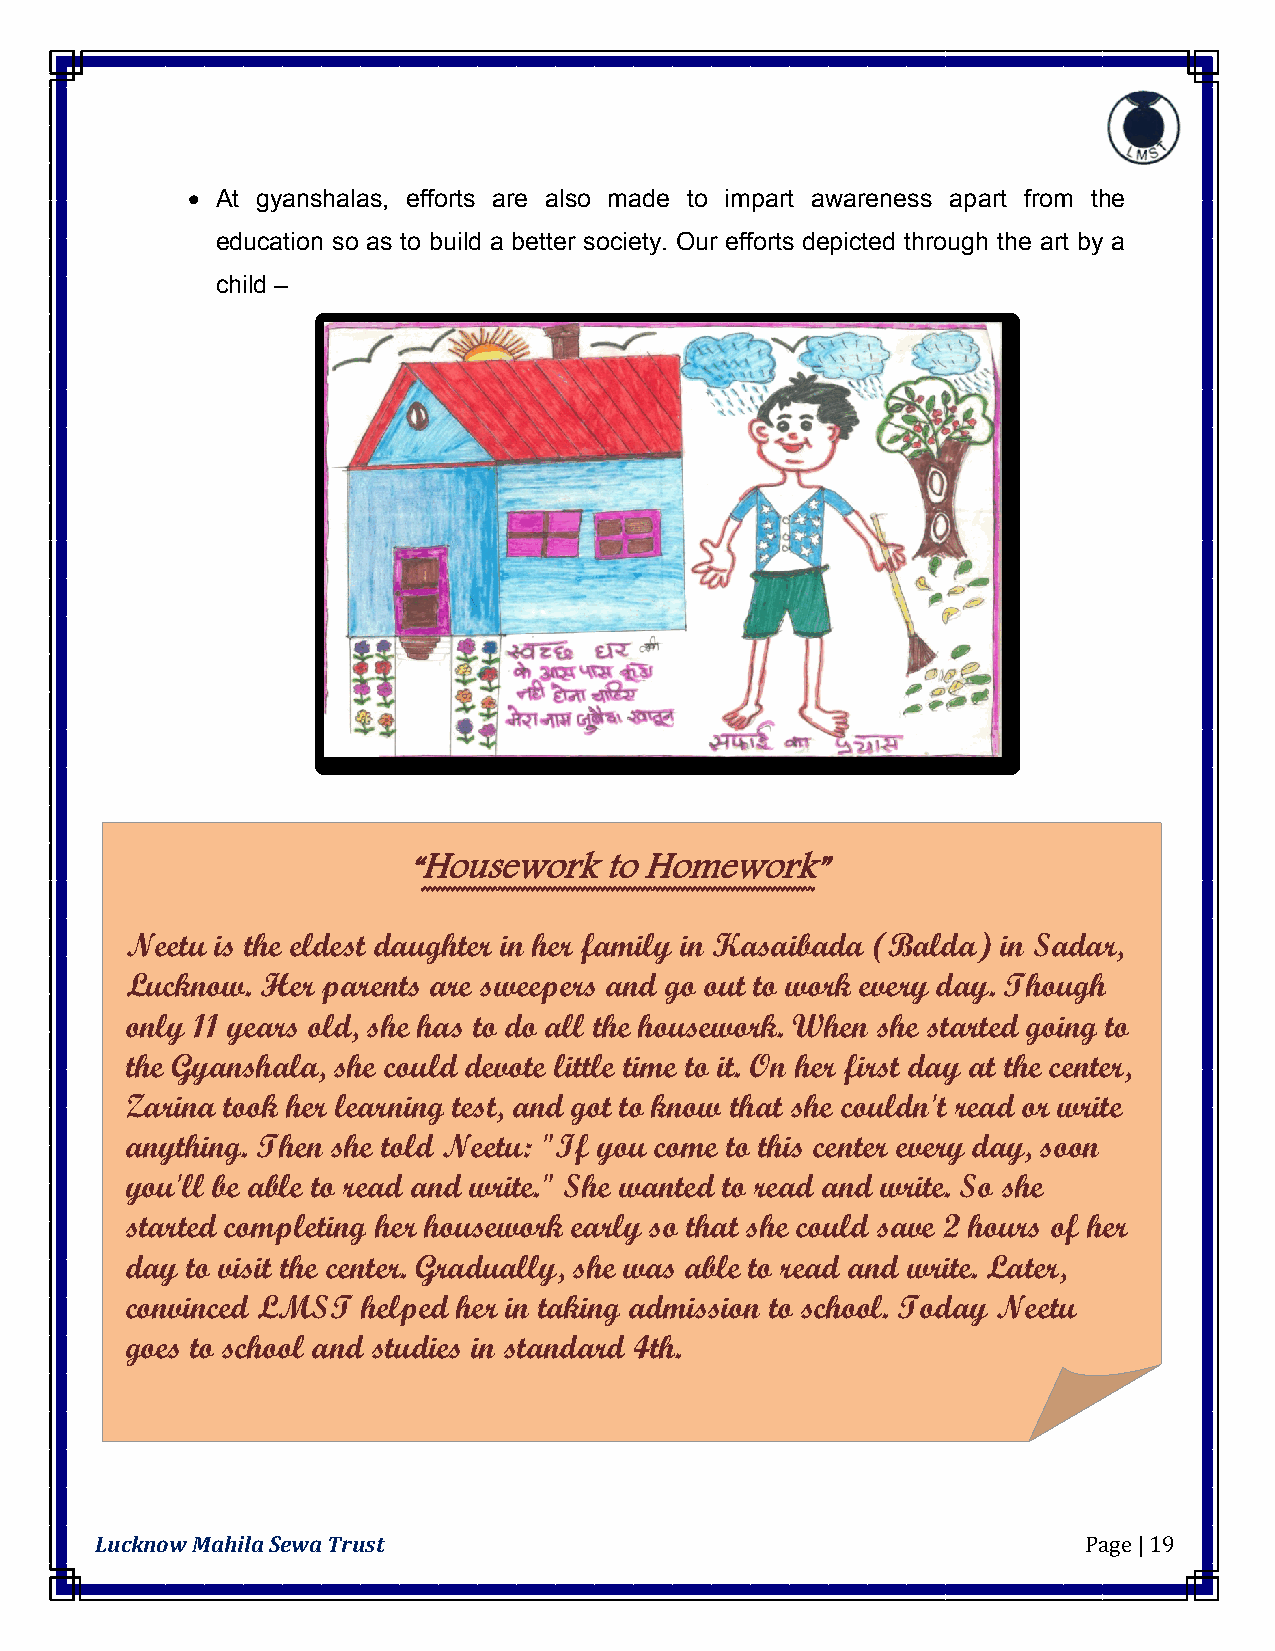
 At gyanshalas, efforts are also made to impart awareness apart from the
 education so as to build a better society. Our efforts depicted through the art by a
 child –
 “Housework   to Homework”
 Neetu is the eldest daughter in her family in Kasaibada (Balda) in Sadar,
 Lucknow. Her parents are sweepers and go out to work every day. Though
 only 11 years old, she has to do all the housework. When she started going to
 the Gyanshala, she could devote little time to it. On her first day at the center,
 Zarina took her learning test, and got to know that she couldn't read or write
 anything. Then she told Neetu: "If you come to this center every day, soon
 you'll be able to read and write." She wanted to read and write. So she
 started completing her housework early so that she could save 2 hours of her
 day to visit the center. Gradually, she was able to read and write. Later,
 convinced LMST  helped her in taking admission to school. Today Neetu
 goes to school and studies in standard 4th.
 Lucknow Mahila Sewa Trust                                         Page | 19